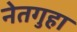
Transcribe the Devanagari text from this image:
नेतगुहा